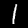
Digit: 1